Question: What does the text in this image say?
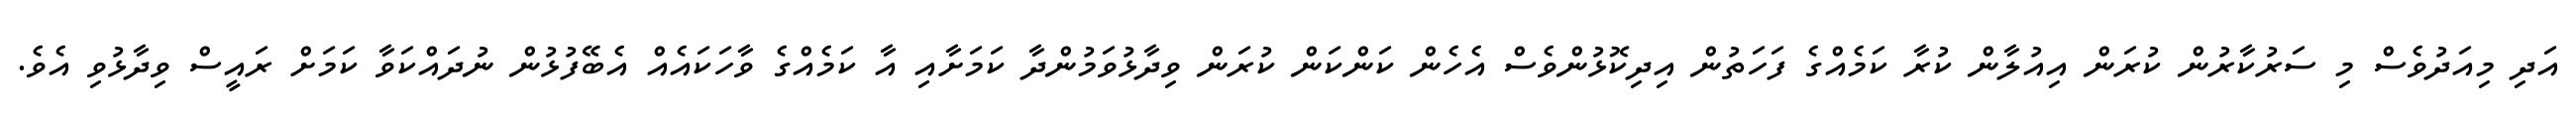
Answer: އަދި މިއަދުވެސް މި ސަރުކާރުން ކުރަން އިއުލާން ކުރާ ކަމެއްގެ ފަހަތުން އިދިކޮޅުންވެސް އެހެން ކަންކަން ކުރަން ވިދާޅުވަމުންދާ ކަމަށާއި އާ ކަމެއްގެ ވާހަކައެއް އެބޭފުޅުން ނުދައްކަވާ ކަމަށް ރައީސް ވިދާޅުވި އެވެ.